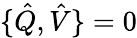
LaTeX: \{ \hat{Q},\hat{V}\} =0